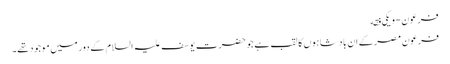
فرعون - ویکی فقه
فرعون مصر کے ان بادشاہوں کا لقب ہے جو حضرتِ یوسف علیہ السلام کے دور میں موجود تھے۔